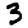
Digit: 3